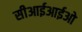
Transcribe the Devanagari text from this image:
सीआईआईओ